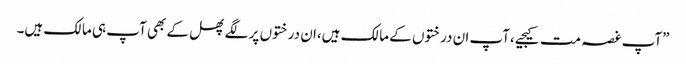
”آپ غصہ مت کیجیے،آپ ان درختوں کے مالک ہیں،ان درختوں پر لگے پھل کے بھی آپ ہی مالک ہیں۔